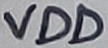
Text: VDD